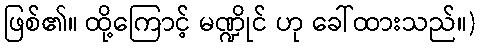
ဖြစ်၏။ ထို့ကြောင့် မဏ္ဍိုင် ဟု ခေါ်ထားသည်။)